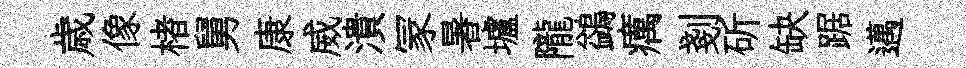
歳像楮舅康威潰冡暑壚隴鷁癘剗斫缺踞邁